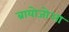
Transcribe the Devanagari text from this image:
ब्रायोजोआ